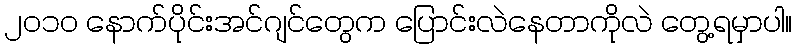
၂၀၁၀ နောက်ပိုင်းအင်ဂျင်တွေက ပြောင်းလဲနေတာကိုလဲ တွေ့ရမှာပါ။